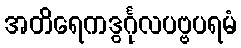
အတိရေကဒွင်္ဂုလပဗ္ဗပရမံ